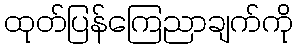
ထုတ်ပြန်ကြေညာချက်ကို